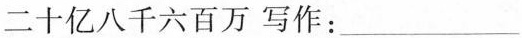
二十亿八千六百万写作：___